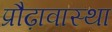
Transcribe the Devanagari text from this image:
प्रौढ़ावास्था